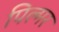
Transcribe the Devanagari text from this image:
पिल्मर